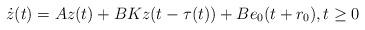
LaTeX: \begin{align*}\dot z(t)=Az(t)+BKz(t-\tau(t))+Be_0(t+r_0),t\ge0\end{align*}